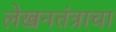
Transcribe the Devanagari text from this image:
लेखनतंत्राचा